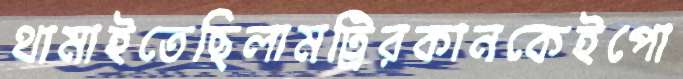
থামাইতেছিলামট্রিরকানকেইপো